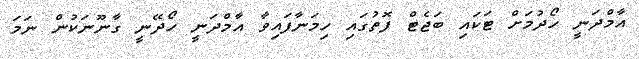
އާމްދަނީ ހޯދުމަށް ޓަކައި ބަޖެޓް ފޮތުގައި ހިމަނާފައިވާ އާމްދަނީ ހޯދޭނީ ގާނޫނަކުން ނަމަ